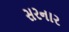
સરનાર